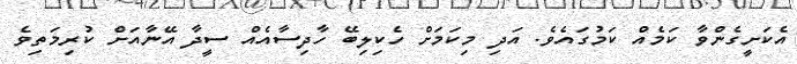
އެކަށީގެންވާ ކަމެއް ކަމުގައެވެ. އަދި މިކަމަށް ހެކިލިބޭ ހާދިސާއެއް ސީދާ އޭނާއަށް ކުރިމަތިވެ